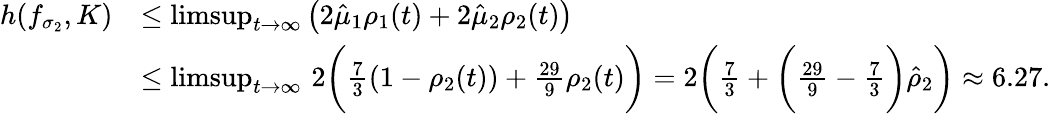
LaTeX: \begin{array}{rl}{h(f_{\sigma_{2}},K)}&{\leq\operatorname*{limsup}_{t\to\infty}\big(2\hat{\mu}_{1}\rho_{1}(t)+2\hat{\mu}_{2}\rho_{2}(t)\big)}\\ &{\leq\operatorname*{limsup}_{t\to\infty}\, 2\bigg(\frac{7}{3}(1-\rho_{2}(t))+\frac{29}{9}\rho_{2}(t)\bigg)=2\bigg(\frac{7}{3}+\bigg(\frac{29}{9}-\frac{7}{3}\bigg)\hat{\rho}_{2}\bigg)\approx 6.27.}\end{array}